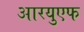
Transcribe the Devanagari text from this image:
आरयुएफ